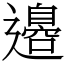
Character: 邉